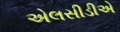
એલસીડીએ